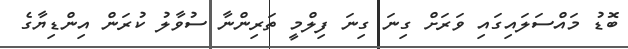
ބޮޑު މައްސަލައިގައި ވަރަށް ގިނަ ގިނަ ފިލްމީ ތަރިންނާ ސުވާލު ކުރަން އިންޑިޔާގެ